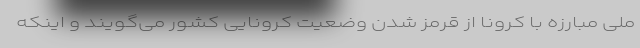
ملی مبارزه با کرونا از قرمز شدن وضعیت کرونایی کشور می‌گویند و اینکه